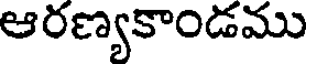
ఆరణ్యకాండము